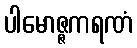
ပါမောဇ္ဇကရဏံ